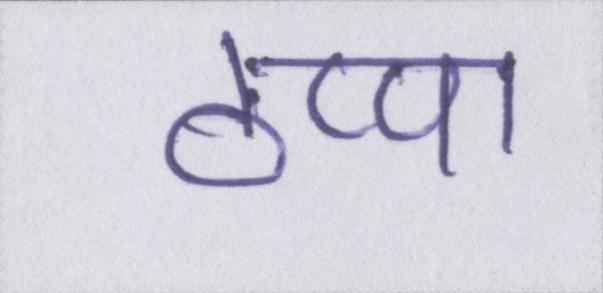
ठप्पा